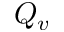
Q _ { v }